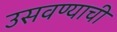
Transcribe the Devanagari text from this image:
उसवण्याची